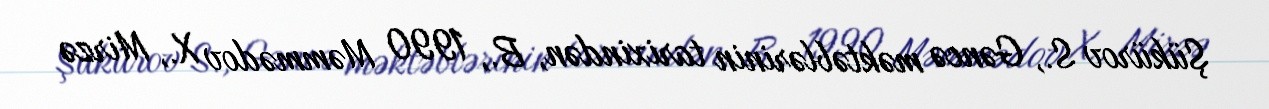
Şükürov S., Gəncə məktəblərinin tarixindən, B., 1990 Məmmədov X., Mirzə